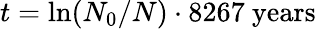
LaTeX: t=\ln(N_{0}/N)\cdot{\mathrm{8267~years}}